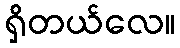
ရှိတယ်လေ။